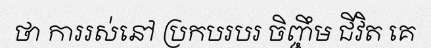
ថា ការរស់នៅ ប្រកបរបរ ចិញ្ចឹម ជីវិត គេ